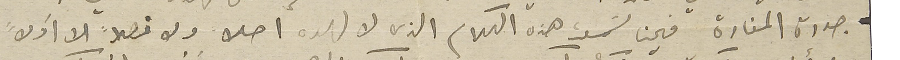
جدرة المنارة فحين سَمعت هذه الكلام الذي لا لهوه اصلا ولا فصلاً لا أولاً